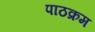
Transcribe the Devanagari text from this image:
पाठक्रम